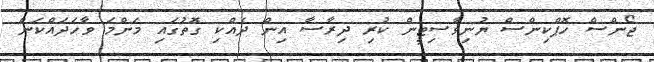
ޖޯންސް ހޮޕްކިންސް ޔުނިވާސިޓީން ކުރި ދިރާސާ އިން ދެއްކި ގޮތުގައި މަންމަ ވާހަދައްކަން